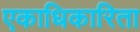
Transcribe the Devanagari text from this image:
एकाधिकारिता